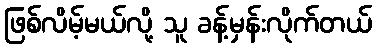
ဖြစ်လိမ့်မယ်လို့ သူ ခန့်မှန်းလိုက်တယ်